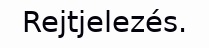
Rejtjelezés.